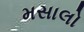
મસાલો